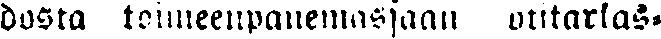
dosta toimeenpanemastaan kotitarkas-